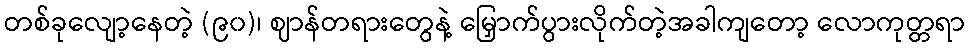
တစ်ခုလျော့နေတဲ့ (၉၀)၊ ဈာန်တရားတွေနဲ့ မြှောက်ပွားလိုက်တဲ့အခါကျတော့ လောကုတ္တရာ